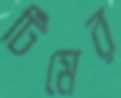
টিমের